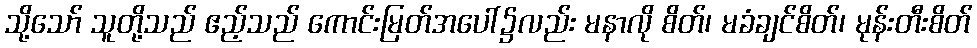
သို့သော် သူတို့သည် ဧည့်သည် ကောင်းမြတ်အပေါ်၌လည်း မနာလို စိတ်၊ မခံချင်စိတ်၊ မုန်းတီးစိတ်